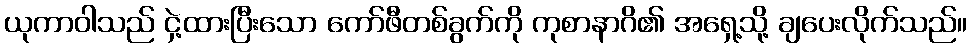
ယုကာဝါသည် ငှဲ့ထားပြီးသော ကော်ဖီတစ်ခွက်ကို ကုစာနာဂိ၏ အရှေ့သို့ ချပေးလိုက်သည်။